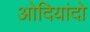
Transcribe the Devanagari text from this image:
ओदियांदो